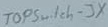
Text: Topswitch-3X